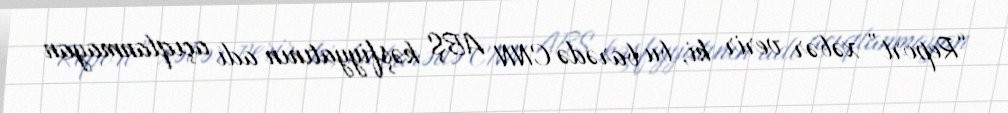
“Report” xəbər verir ki, bu barədə CNN ABŞ kəşfiyyatının adı açıqlanmayan